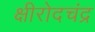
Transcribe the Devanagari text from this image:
क्षीरोदचंद्र